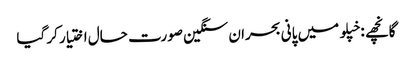
گانچھے : خپلو میں پانی بحران سنگین صورت حال اختیار کر گیا